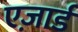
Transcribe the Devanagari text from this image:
एज़ार्ड